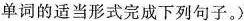
单词的适当形式完成下列句子。)